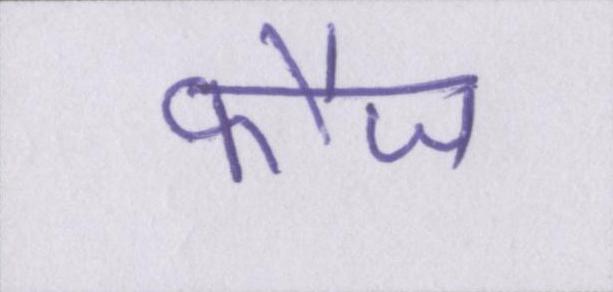
फौज